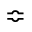
\Bumpeq